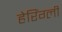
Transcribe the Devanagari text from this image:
हेरिंग्ली